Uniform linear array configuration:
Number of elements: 4
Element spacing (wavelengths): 1
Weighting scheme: kaiser
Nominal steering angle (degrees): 15
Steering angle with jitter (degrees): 15.723
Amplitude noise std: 0.05
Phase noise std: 0.05

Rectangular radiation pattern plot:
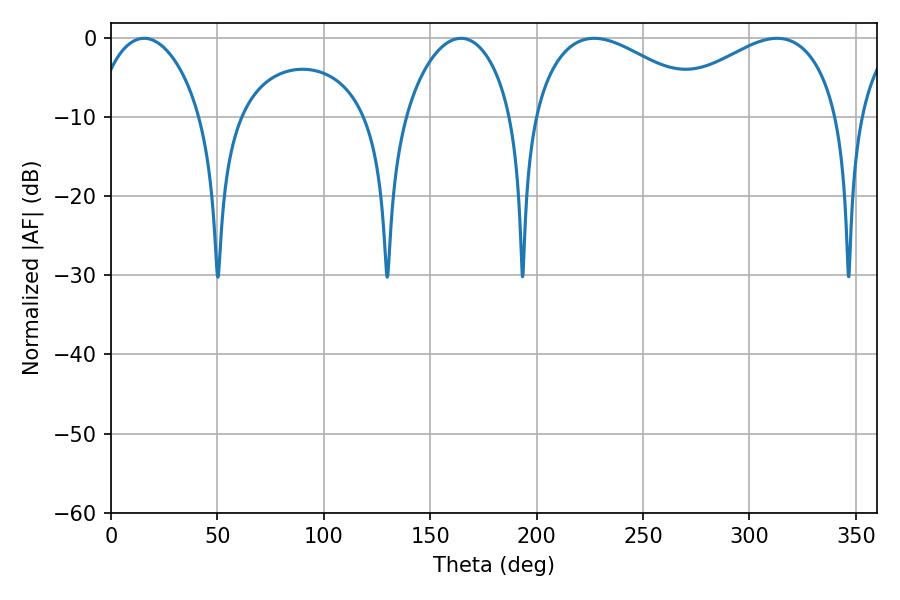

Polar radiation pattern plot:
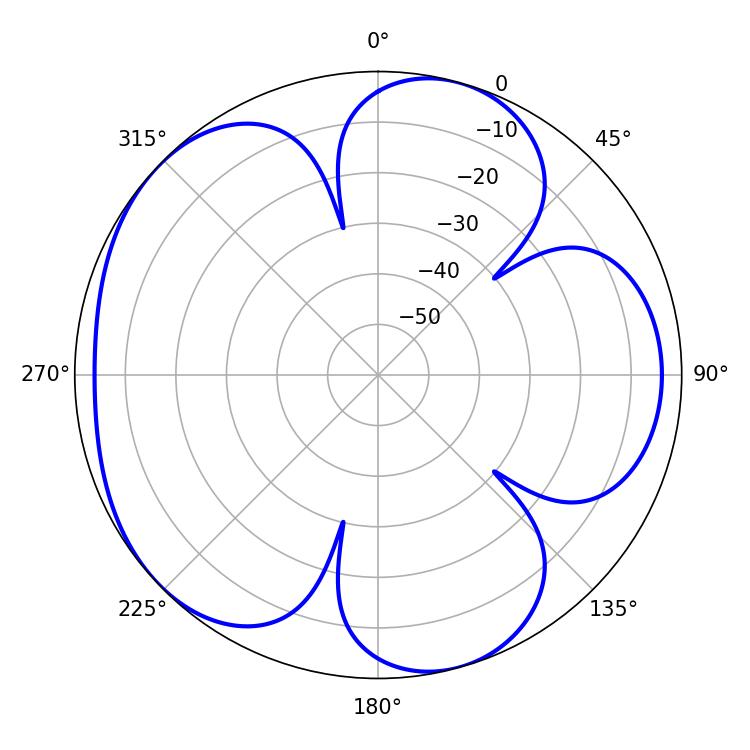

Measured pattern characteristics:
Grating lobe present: TRUE
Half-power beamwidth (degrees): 46.08
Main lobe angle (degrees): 226.98